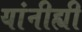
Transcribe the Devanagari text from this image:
यांनीह्यी